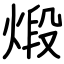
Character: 煅